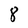
Character: 8